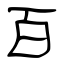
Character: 百